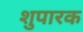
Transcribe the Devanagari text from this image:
शुपारक